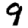
Digit: 9